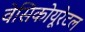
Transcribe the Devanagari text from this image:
वेसिकोयूरेटल